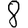
Digit: 8